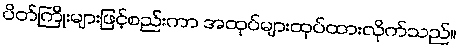
ပိတ်ကြိုးများဖြင့်စည်းကာ အထုပ်များထုပ်ထားလိုက်သည်။